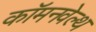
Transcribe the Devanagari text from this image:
कॉमनवेल्‍थ